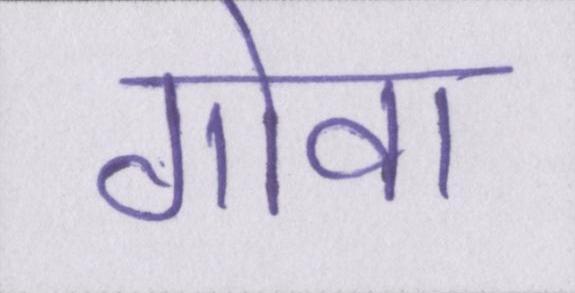
गोवा